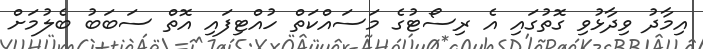
އިމާދު ވިދާޅުވި ގޮތުގައި އެ ރިސޯޓުގެ މަސައްކަތް ހުއްޓިފައި އޮތް ސަބަބު ބެލުމަށް